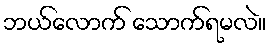
ဘယ်လောက် သောက်ရမလဲ။